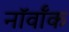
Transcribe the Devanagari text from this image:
नॉर्वॉक